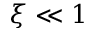
\xi \ll 1